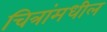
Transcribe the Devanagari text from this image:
चित्रांमधील